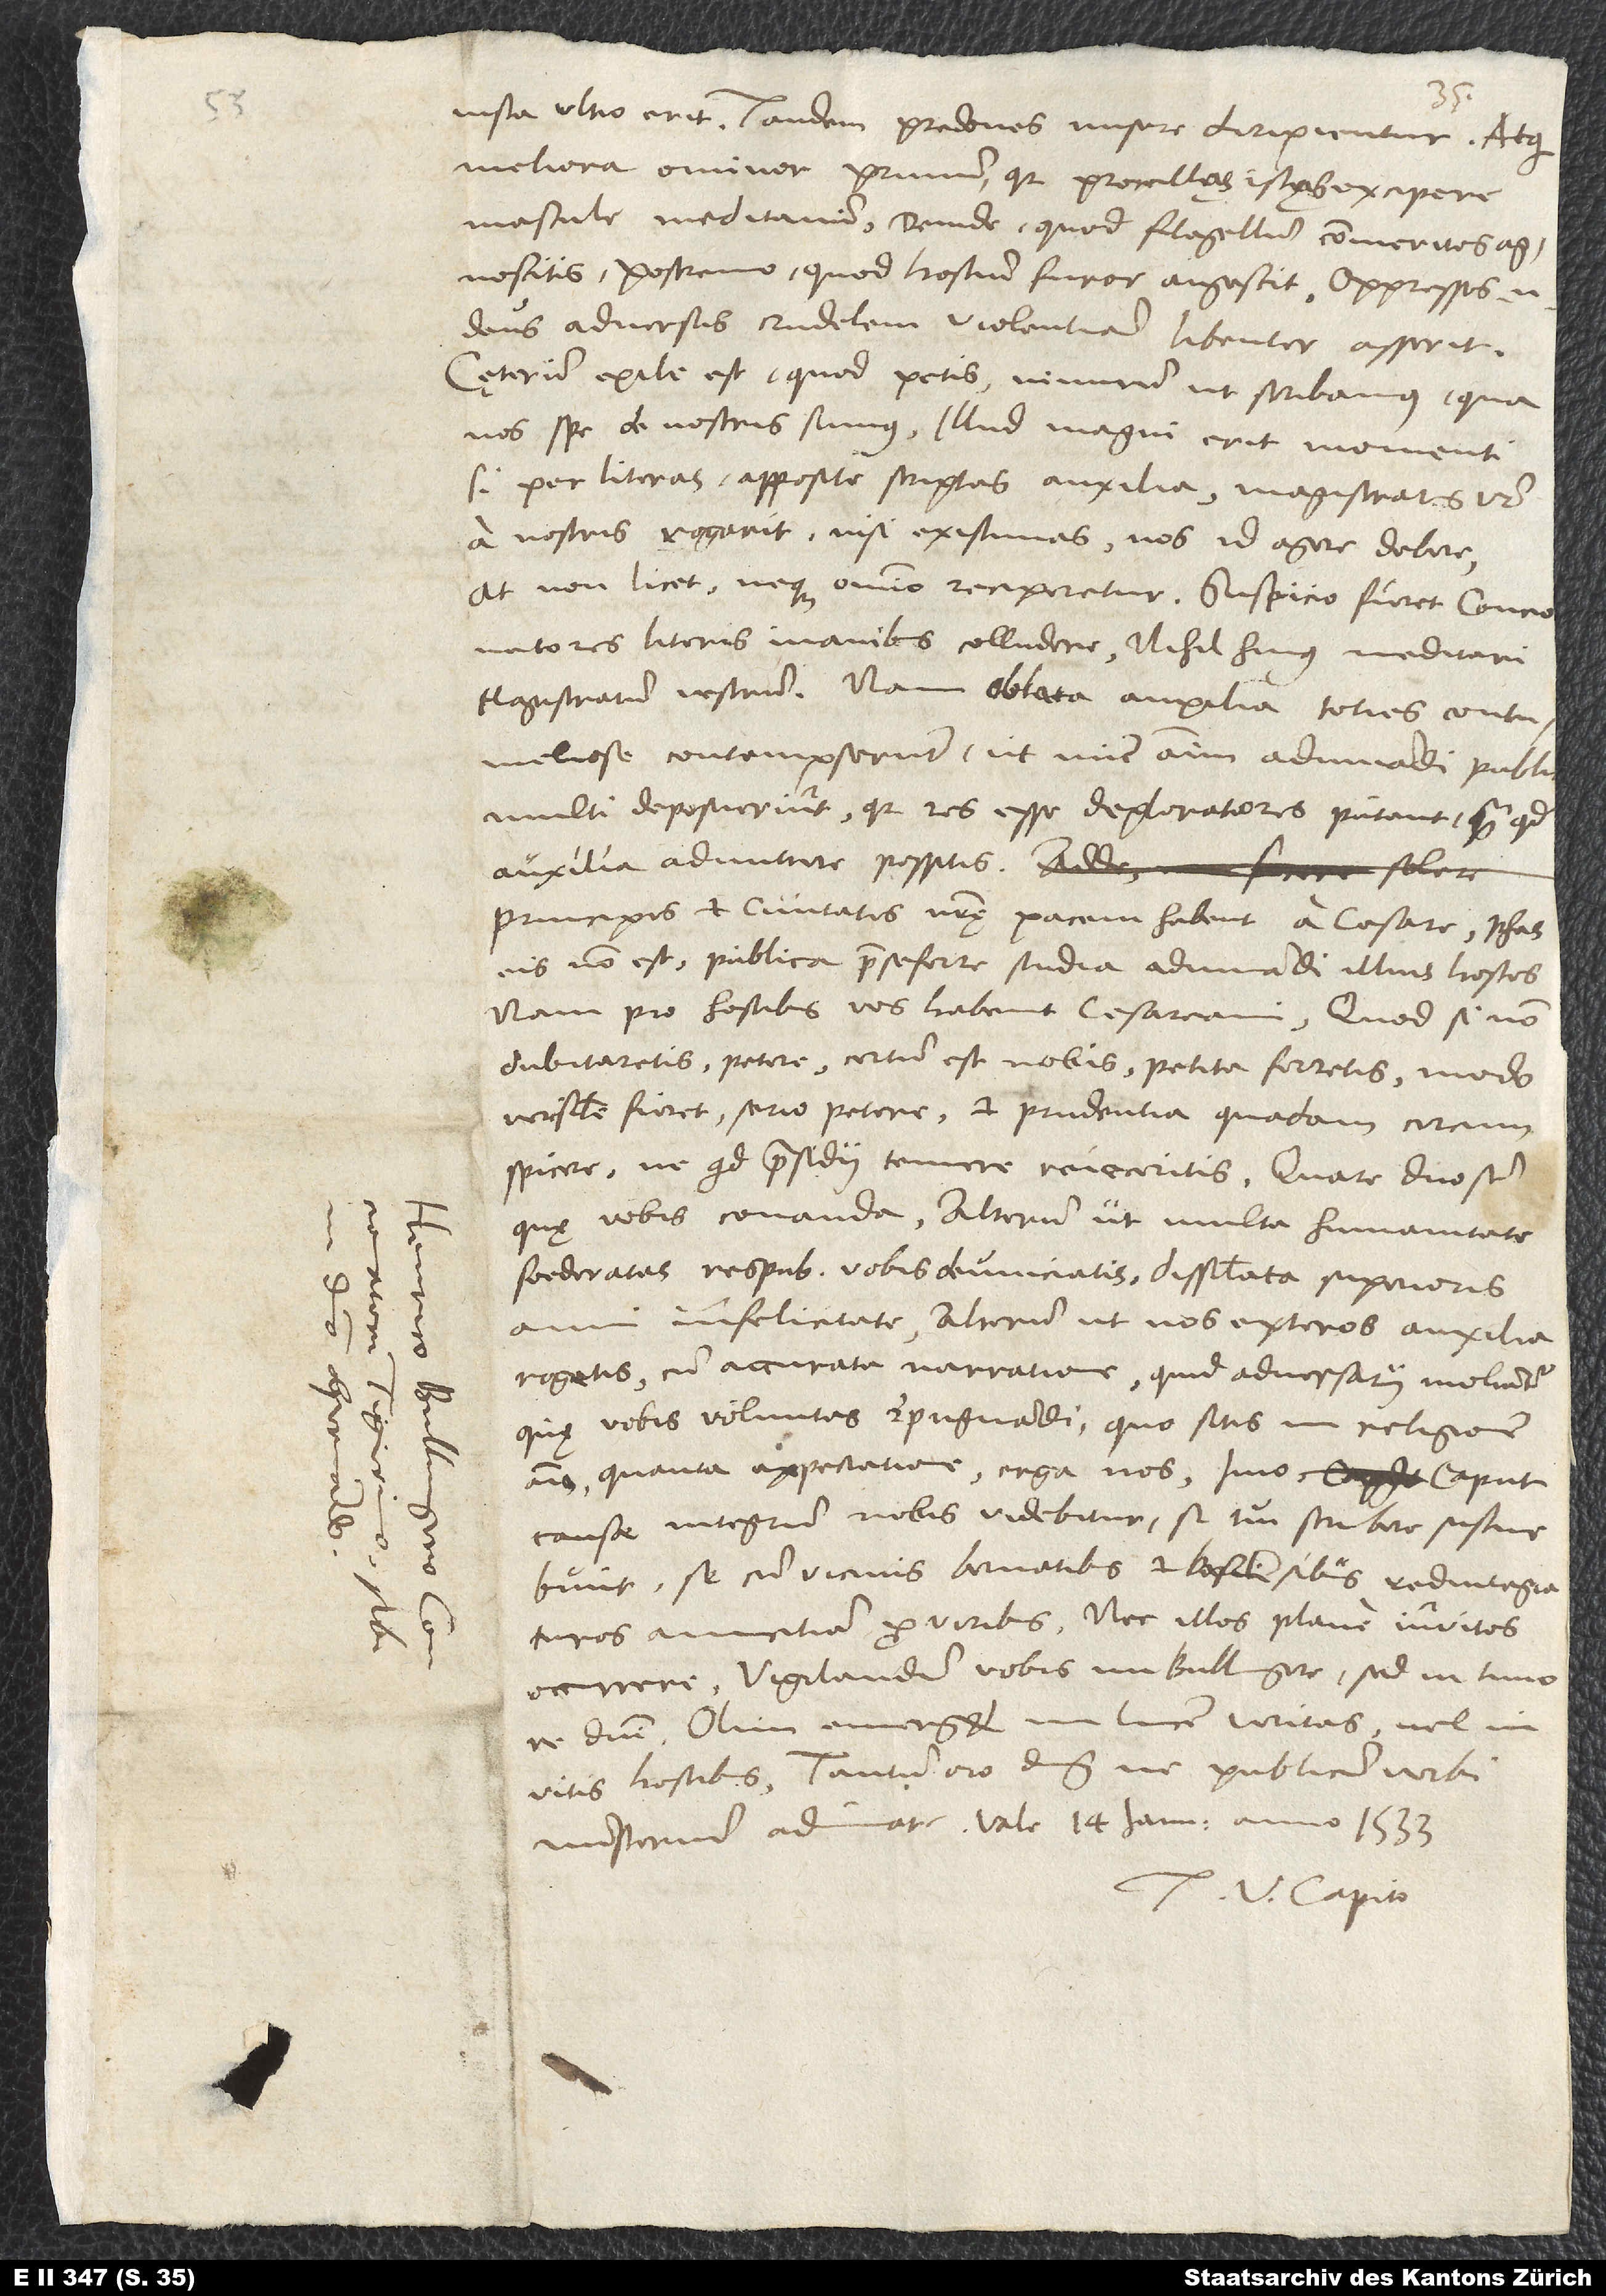
iusta ultio erit. Tandem predones misere diripientur. Atqui
meliora ominor: Primum, quia procellas istas excipere
mascule meditamini; deinde, quod flagellum commeritos
agnoscitis; postremo, quod hostium furor augescit. Oppressos enim
deus adversus crudelem violentiam libenter assent.
Caeterum exile est, quod petis, nimirum ut scribamus, qua
nos spe de nostris sumus. Illud magni erit momenti,
si per literas apposite scriptas auxilia magistratus vester
a nostris rogarit, nisi existimas nos id agere debere.
At non licet, neque omnino reciperetur. Suspicio fieret concionatores
literis inanibus colludere, nihil huius meditari
magistratum vestrum. Nam oblata auxilia toties contumeliose
contempserunt, ut nunc animum adiuvandi publice
multi deposuerint, quia res esse deploratiores putant, quam quod
auxilia admittere possitis.
Principes et civitates nostrę pacem habent a cesare. Phas
eis non est publica prae se ferre studia adiuvandi illius hostes.
Nam pro hostibus vos habent cesareani. Quod si non
dubitaretis petere, certum est nobis, petita ferretis, modo
verisimile fieret, serio petere et prudentia quadam circumspicere,
quid praesidii temere reieceritis. Quare duo sunt,
quę vobis conanda: Alterum, ut multa humanitate
foederatas respublicas vobis devinciatis dissimulata superioris
anni infelicitate, alterum, ut nos exteros auxilia
rogetis cum accurata narratione, quid adversarii moliantur,
quę vobis voluntas repugnandi, quo sitis in religione
animo, quanta expectatione erga nos, imo caput
causae integrum nobis videbitur, si tui scribere sustinebunt
se cum vicinis Bernatibus et Basiliensibus redintegraturos
amicitiam pro viribus nec illos plane invitos
occurrere. Vigilandum vobis, mi Bullingere, sed in timore
domini. Olim emerget in lucem veritas vel
invitis hostibus. Tantum oro dominum, ne publicum verbi
ministerium adimat. Vale. 14. ianuarii anno 1533.
Tuus V. Capito.